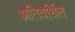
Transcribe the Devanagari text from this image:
अतिवर्धित